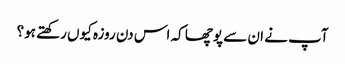
آپ نے ان سے پوچھا کہ اس دن روزہ کیوں رکھتے ہو؟